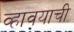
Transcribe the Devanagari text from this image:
व्हावयाची